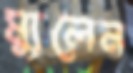
ম্যুলেন